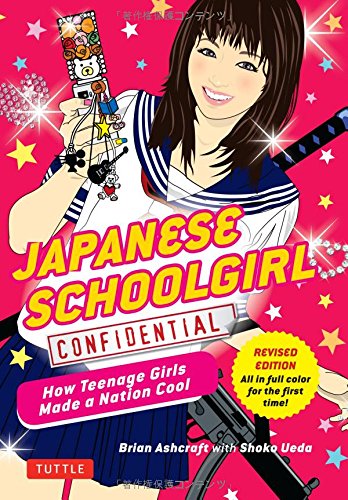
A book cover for Japanese Schoolgirl Confidential: How Teenage Girls Made a Nation Cool; Brian Ashcraft; Comics & Graphic Novels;